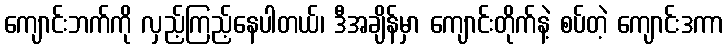
ကျောင်းဘက်ကို လှည့်ကြည့်နေပါတယ်၊ ဒီအချိန်မှာ ကျောင်းတိုက်နဲ့ စပ်တဲ့ ကျောင်းဒကာ